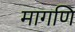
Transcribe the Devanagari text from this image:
मागणि